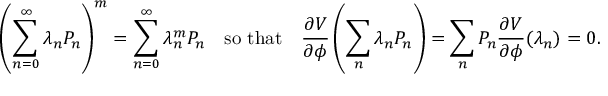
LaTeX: \left( \sum _ { n = 0 } ^ { \infty } \lambda _ { n } P _ { n } \right) ^ { m } = \sum _ { n = 0 } ^ { \infty } \lambda _ { n } ^ { m } P _ { n } \quad \mathrm { s o ~ t h a t } \quad \frac { \partial V } { \partial \phi } \left( \sum _ { n } \lambda _ { n } P _ { n } \right) = \sum _ { n } P _ { n } \frac { \partial V } { \partial \phi } ( \lambda _ { n } ) = 0 .